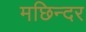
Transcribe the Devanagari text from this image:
मछिन्दर